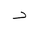
Letter: _dal